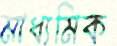
মাধ্যমিক